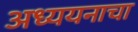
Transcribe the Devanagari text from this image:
अध्ययनाचा